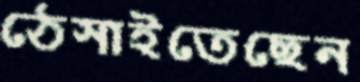
ঠেসাইতেছেন